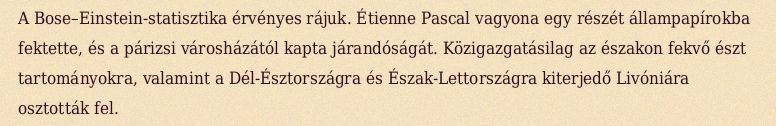
A Bose–Einstein-statisztika érvényes rájuk. Étienne Pascal vagyona egy részét állampapírokba fektette, és a párizsi városházától kapta járandóságát. Közigazgatásilag az északon fekvő észt tartományokra, valamint a Dél-Észtországra és Észak-Lettországra kiterjedő Livóniára osztották fel.